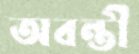
অবন্তী